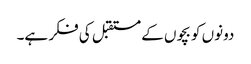
دونوں کو بچوں کے مستقبل کی فکر ہے۔